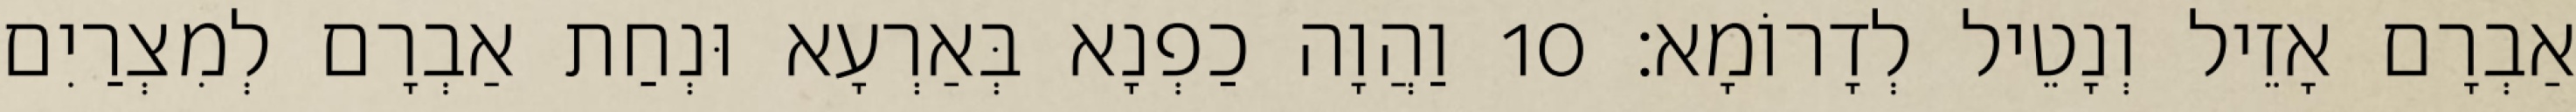
אַבְרָם אָזֵיל וְנָטֵיל לְדָרוֹמָא׃ 10 וַהֲוָה כַפְנָא בְּאַרְעָא וּנְחַת אַבְרָם לְמִצְרַיִם